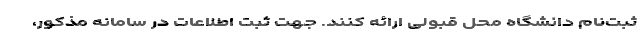
ثبت‌نام دانشگاه محل قبولی ارائه کنند. جهت ثبت اطلاعات در سامانه مذکور،